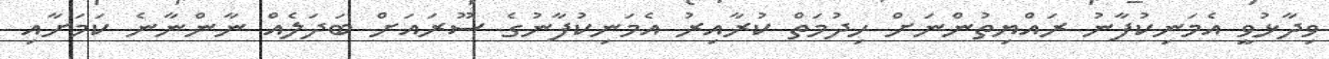
ވިދާޅުވީ އެމަނިކުފާނު ރައްޔިތުންނަށް ހިދުމަތް ކުރާއިރު އެމަނިކުފާނުގެ ސޫރައަށް ބަދަލެއް ނާންނާނެ ކަމަށާއި